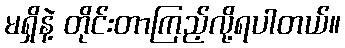
မရှိနဲ့ တိုင်းတာကြည့်လို့ရပါတယ်။